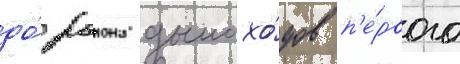
до́ раиона дымохо́дов п'е́рвого